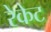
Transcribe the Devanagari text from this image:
रेकेट